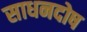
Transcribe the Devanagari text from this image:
साधनदोष